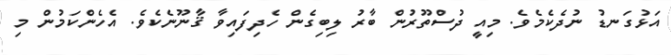
އަޅުގަނޑު ނުދެކެމެވެ. މިއީ ދުސްތޫރުން ބާރު ލިބިގެން ހެދިފައިވާ ޤާނޫނެކެވެ. އެހެންކަމުން މި